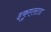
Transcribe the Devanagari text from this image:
इकुएतटड